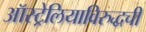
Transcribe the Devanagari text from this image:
ऑस्ट्रेलियाविरुद्धची